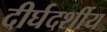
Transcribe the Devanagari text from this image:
दीर्घदर्शीय